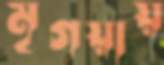
মৃগয়ায়